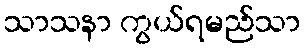
သာသနာ ကွယ်ရမည်သာ